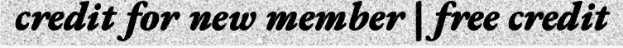
credit for new member | free credit